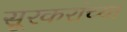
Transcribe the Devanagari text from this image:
सूरकरांच्या